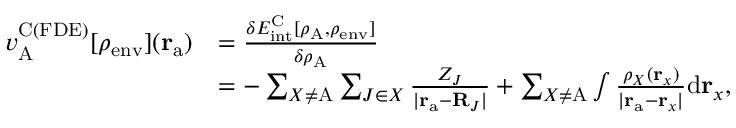
\begin{array} { r l } { v _ { \mathrm { A } } ^ { \mathrm { C ( F D E ) } } [ \rho _ { \mathrm { e n v } } ] ( \mathbf { r } _ { \mathrm { a } } ) } & { = \frac { \delta E _ { \mathrm { i n t } } ^ { \mathrm { C } } [ \rho _ { \mathrm { A } } , \rho _ { \mathrm { e n v } } ] } { \delta \rho _ { \mathrm { A } } } } \\ & { = - \sum _ { X \neq \mathrm { A } } \sum _ { J \in X } \frac { Z _ { J } } { | \mathbf { r } _ { \mathrm { a } } - \mathbf { R } _ { J } | } + \sum _ { X \neq \mathrm { A } } \int \frac { \rho _ { X } ( \mathbf { r } _ { x } ) } { | \mathbf { r } _ { \mathrm { a } } - \mathbf { r } _ { x } | } { \mathrm { d } } \mathbf { r } _ { x } , } \end{array}